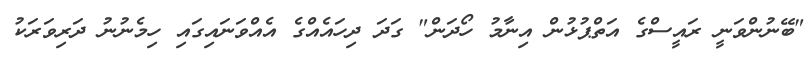
"ބޭނުންވަނީ ރައީސްގެ އަތްޕުޅުން އިނާމު ހޯދަން" ގަދަ ދިހައެއްގެ އެއްވަނައިގައި ހިމެނުނު ދަރިވަރަކު